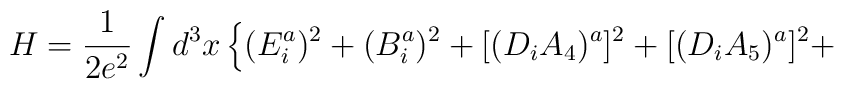
H = \frac{1}{2 e^2} \int d^3 x \left\{ (E^{a}_{i})^2 + (B_{i}^{a})^2 +[(D_{i} A_{4})^a ]^2 + [(D_{i} A_{5})^a ]^2 + \right.